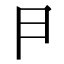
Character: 𠁣